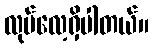
လုပ်လေ့ရှိပါတယ်။